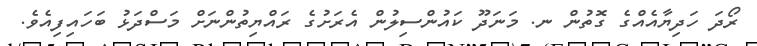
ރޯދަ ހަދިޔާއެއްގެ ގޮތުން ނ. މަނަދޫ ކައުންސިލުން އެރަށުގެ ރައްޔިތުންނަަށް މަސްދަޅު ބަހައިފިއެވެ.